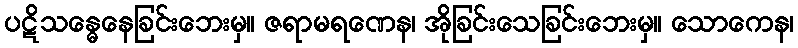
ပဋိသန္ဓေနေခြင်းဘေးမှ။ ဇရာမရဏေန၊ အိုခြင်းသေခြင်းဘေးမှ။ သောကေန၊